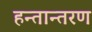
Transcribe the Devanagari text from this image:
हन्तान्तरण